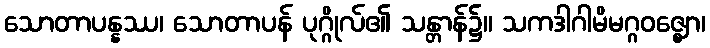
သောတာပန္နဿ၊ သောတာပန် ပုဂ္ဂိုလ်၏ သန္တာန်၌။ သကဒါဂါမိမဂ္ဂဝဇ္ဈော၊